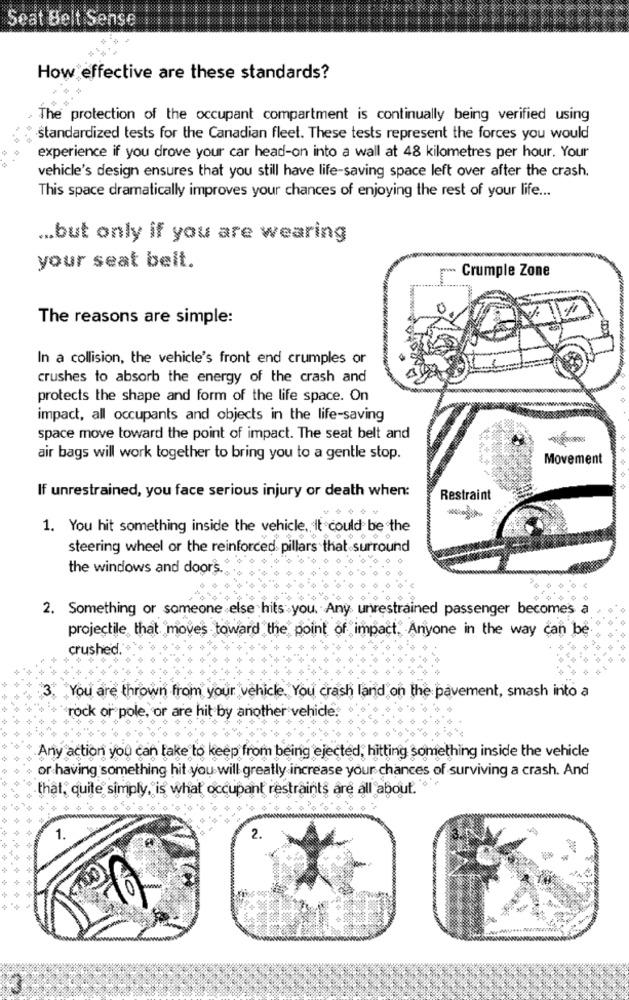
Seat Belt Sense
How effective are these standards?
The protection of the occupant compartment is continually being verified using
standardized tests for the Canadian fleet. These tests represent the forces you would
experience if you drove your car head-on into a wall at 48 kilometres per hour. Your
vehicle's design ensures that you still have life-saving space left over after the crash.
This space dramatically improves your chances of enjoying the rest of your life ...
... but only if you are wearing
your seat belt.
-
Crumple Zone
The reasons are simple:
In a collision, the vehicle's front end crumples or
crushes to absorb the energy of the crash and
protects the shape and form of the life space. On
impact, all occupants and objects in the life-saving
space move toward the point of impact. The seat belt and
air bags will work together to bring you to a gentle stop.
Movement
If unrestrained, you face serious injury or death when:
Restraint
1. You hit something inside the vehicle. It could be the
steering wheel or the reinforced pillars that surround
the windows and door's
2. Something or someone else hits you. Any unrestrained passenger becomes
projectile that moves toward the point of impact. Anyone in the way can be.
crushed.
You are thrown from your vehicle. You crash land on the pavement, smash into a
rock or pole, or are hit by another vehide.
Any action you can take to keep from being ejected; hitting something inside the vehicle
or having something hit you will greatly increase your chances of surviving a crash. And
that, quite simply, is what occupant restraints are all about.
1.
2.